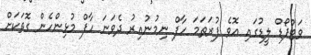
ވަޓްފޯޑް ލީޑުގައި އޮވެ ފުރަތަމަ ހާފް ނިމުނުއިރު ދެވަނަ ހާފް މުޅިންހެން ގޮތަކަށް